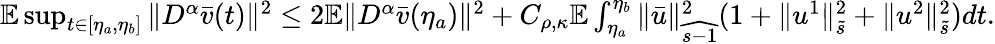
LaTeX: \begin{array}{r}{\mathbb{E}\operatorname*{sup}_{t\in\left[\eta_{a},\eta_{b}\right]}\| D^{\alpha}\bar{v}(t)\| ^{2}\leq 2\mathbb{E}\| D^{\alpha}\bar{v}(\eta_{a})\| ^{2}+C_{\rho,\kappa}\mathbb{E}\int_{\eta_{a}}^{\eta_{b}}\| \bar{u}\| _{\widehat{s-1}}^{2}(1+\| u^{1}\| _{\tilde{s}}^{2}+\| u^{2}\| _{\tilde{s}}^{2})dt.}\end{array}